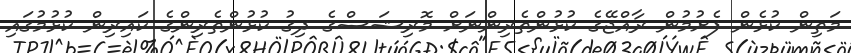
މަތިން ކުޅެން ފެށުމުން ރާއްޖޭގެ ކުޅުންތެރިންނަށް މޮރިޝަސްގެ ދިގު ކުޅުންތެރިންގެ ކައިރިން ކުޅުމުގައި